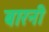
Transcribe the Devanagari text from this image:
बारनी